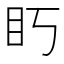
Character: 䀎